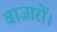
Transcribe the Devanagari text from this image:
बाजारों।